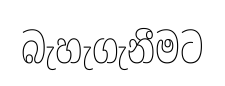
බැහැගැනීමට